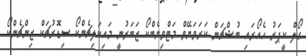
ގޯލް ކީޕަރު ހެއޯރައި ބުޝްޗަން ކަރަވަޔޭވް މަޓްވިޔެބްކޯ ޒަބަރުނީ މައިކަލިޗެންކޯ ސިޑޮރުޗަކް ޒިންޗެންކޯ